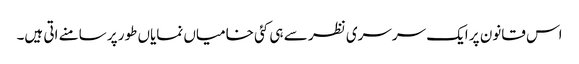
اس قانون پر ایک سرسری نظر سے ہی کئی خامیاں نمایاں طور پر سامنے اتی ہیں۔